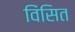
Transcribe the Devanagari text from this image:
विंसित